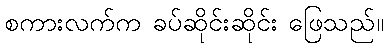
စကားလက်က ခပ်ဆိုင်းဆိုင်း ဖြေသည်။